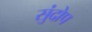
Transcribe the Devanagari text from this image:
सुंदोप